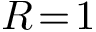
R \! = \! 1